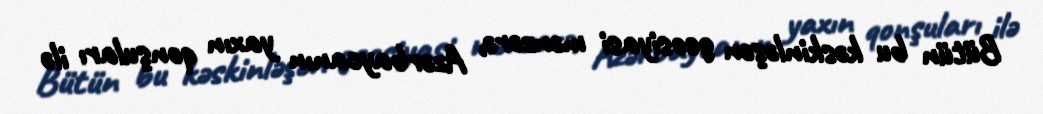
Bütün bu kəskinləşən geosiyasi mənzərə, Azərbaycanın yaxın qonşuları ilə